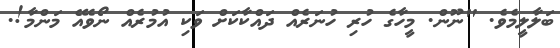
ބަލާލީމެވެ. "ނޫން. މީހާގެ ހުރި ހުނަރެއް ދައްކާކަށް ވަކި އުމުރެއް ނޯވެއޭ މަންމާ!.